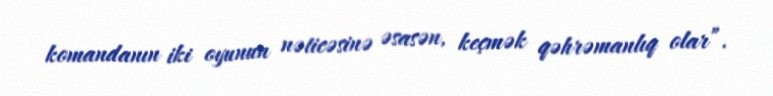
komandanın iki oyunun nəticəsinə əsasən, keçmək qəhrəmanlıq olar”.